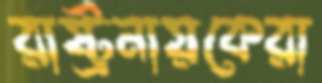
রাষ্ট্রনায়কেরা